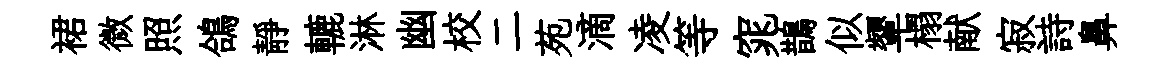
裙微照鴿靜轆淋幽校二苑滴凌等窕鵲似顰榻献寂詩鼻